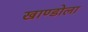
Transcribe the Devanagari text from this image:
खाण्डोला